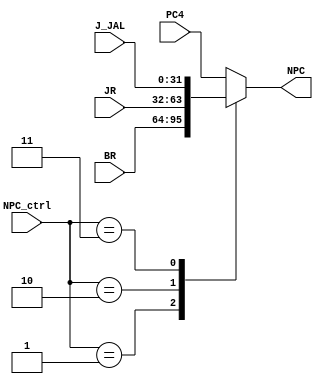
`timescale 1ns / 1ps
//////////////////////////////////////////////////////////////////////////////////
// Company: 
// Engineer: 
// 
// Design Name: 
// Module Name:    PC_MUX 
// Project Name: 
// Target Devices: 
// Tool versions: 
// Description: 
//
// Dependencies: 
//
// Revision: 
// Revision 0.01 - File Created
// Additional Comments: 
//
//////////////////////////////////////////////////////////////////////////////////
module PC_MUX(
    input [31:0] BR,
    input [31:0] JR,
    input [31:0] J_JAL,
    input [31:0] PC4,
	input [1:0] NPC_ctrl,
    output [31:0] NPC
    );

	reg [31:0] npc;
	assign NPC = npc;
	
	always @(NPC_ctrl, PC4, BR, JR, J_JAL)
      case (NPC_ctrl)
         2'b01: npc <= BR;
         2'b10: npc <= JR;
         2'b11: npc <= J_JAL;
		 default npc <= PC4;
      endcase
endmodule